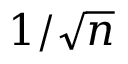
1 / { \sqrt { n } }